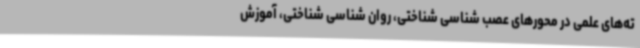
ته‌های علمی در محورهای عصب ‌شناسی شناختی، روان شناسی شناختی، آموزش